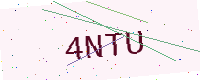
Text: 4NTU